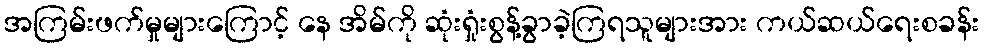
အကြမ်းဖက်မှုများကြောင့် နေ အိမ်ကို ဆုံးရှုံးစွန့်ခွာခဲ့ကြရသူများအား ကယ်ဆယ်ရေးစခန်း